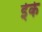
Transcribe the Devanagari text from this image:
ईके